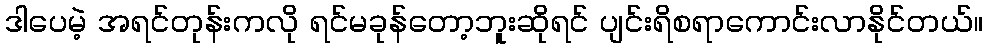
ဒါပေမဲ့ အရင်တုန်းကလို ရင်မခုန်တော့ဘူးဆိုရင် ပျင်းရိစရာကောင်းလာနိုင်တယ်။